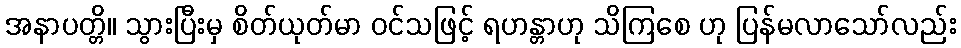
အနာပတ္တိ။ သွားပြီးမှ စိတ်ယုတ်မာ ဝင်သဖြင့် ရဟန္တာဟု သိကြစေ ဟု ပြန်မလာသော်လည်း